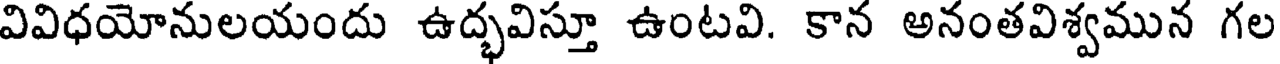
వివిధయోనులయందు ఉద్భవిస్తూ ఉంటవి. కాన అనంతవిశ్వమున గల